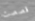
قصصت